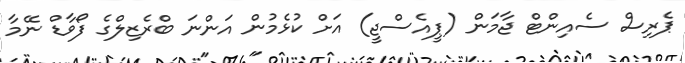
ޕެރިސް ސެއިންޓް ޖާމަން (ޕީއެސްޖީ) އަށް ކުޅެމުން އަންނަ ބްރެޒިލްގެ ފޯވާޑް ނޭމާ